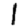
Digit: 1